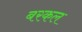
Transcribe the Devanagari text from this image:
बरकल